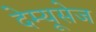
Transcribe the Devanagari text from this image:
देम्यूसेज